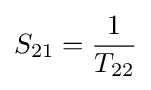
S_{21}={\frac {1}{T_{22}}}